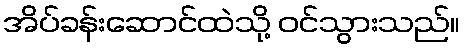
အိပ်ခန်းဆောင်ထဲသို့ ဝင်သွားသည်။